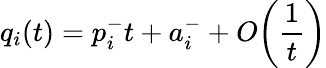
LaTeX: q_{i}(t)=p_{i}^{-}t+a_{i}^{-}+O\biggl(\frac{1}{t}\biggr)